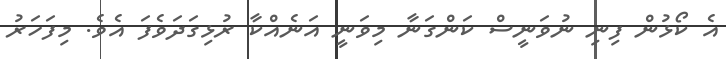
އެ ކޯޅުން ފިނި ނުވަނީސް ކަންގަނާ މިވަނީ އަނެއްކާ ރުޅިގަދަވެފަ އެވެ. މިފަހަރު